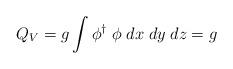
LaTeX: \begin{align*}Q_V = g \int\phi^{\dagger}\;\phi\;dx\;dy\;dz= g\end{align*}